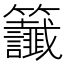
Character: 𫂰